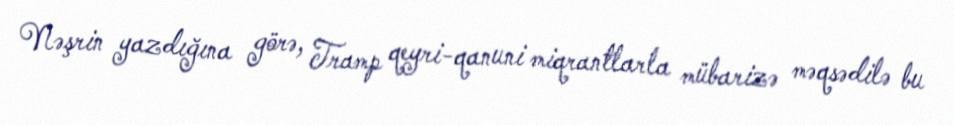
Nəşrin yazdığına görə, Tramp qeyri-qanuni miqrantlarla mübarizə məqsədilə bu